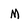
Character: M